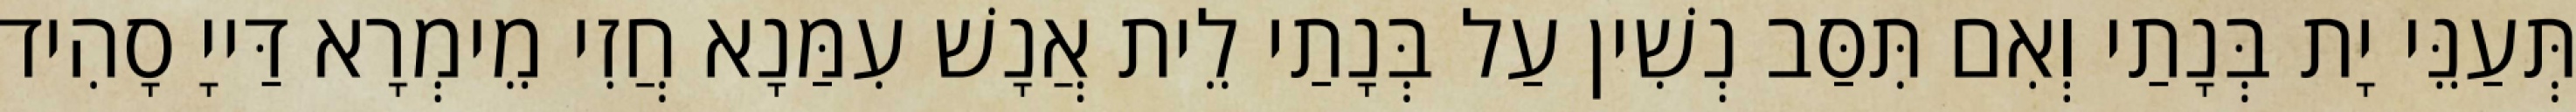
תְּעַנֵּי יָת בְּנָתַי וְאִם תִּסַּב נְשִׁין עַל בְּנָתַי לֵית אֲנָשׁ עִמַּנָא חֲזִי מֵימְרָא דַּייָ סָהִיד